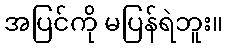
အပြင်ကို မပြန်ရဲဘူး။